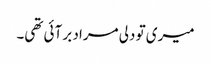
میری تو دلی مراد بر آئی تھی۔